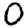
Digit: 0